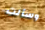
وسألت